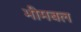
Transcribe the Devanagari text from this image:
भीमबल